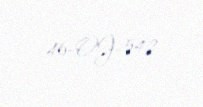
46-OJ-542